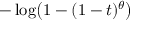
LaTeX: - \log \! \left( 1 - ( 1 - t ) ^ { \theta } \right)